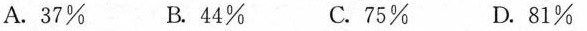
A. 37% B. 44% C. 75% D. 81%